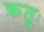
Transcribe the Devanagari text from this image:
क्रतुः